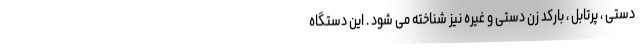
دستی ، پرتابل ، بارکد زن دستی و غیره نیز شناخته می شود . این دستگاه